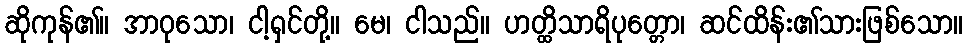
ဆိုကုန်၏။ အာဝုသော၊ ငါ့ရှင်တို့။ မေ၊ ငါသည်။ ဟတ္ထိသာရိပုတ္တော၊ ဆင်ထိန်း၏သားဖြစ်သော။